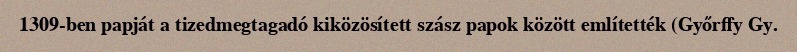
1309-ben papját a tizedmegtagadó kiközösített szász papok között említették (Győrffy Gy.